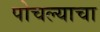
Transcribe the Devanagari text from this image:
पोचल्याचा